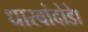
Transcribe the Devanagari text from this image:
धारबांदोडाे